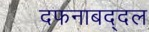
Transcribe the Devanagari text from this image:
दफनाबद्दल